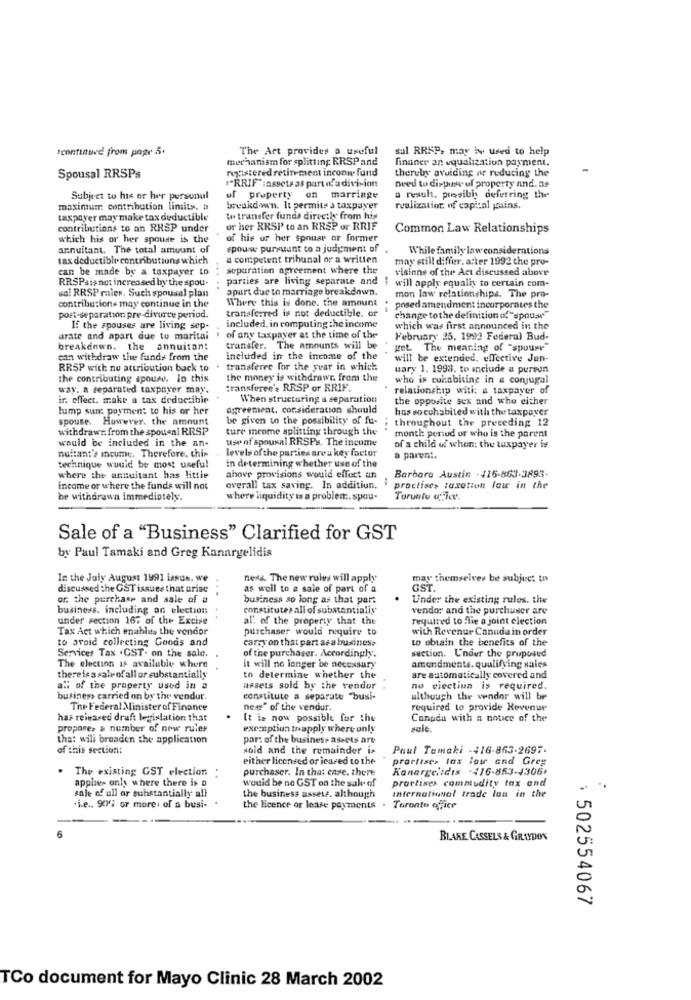
Icontinued from page 5.
The Art provides a useful
sal RRSP, may be used to help
mechanism for splitting RRSP and
finaner an equalization payment.
registered retirement inconw fund
thereby avoiding ar reducing the
Spousal RRSPs
"RRIF":assetsas part ofadivision
need to dispute of property and. as
Subject to his or her pursunul
of property on marringe
a result, presilha deferring the
maximum: contribution limits. a
breakdown. It permits a taxpayer
realization of capital gains.
taxpayer may make tax deductible
we transfer funds directly from his
contributions to an RRSP under
or her RRSP to an RRSP or RRIF
Common Law Relationships
which his or her spouse is the
of his or her spouse or former
annuitant. The total amount of
epouse pursuant to a judgment of
While family law considerations
tax deductible contributions which
a competent tribunal or a written
may still differ. after 1992 the pro-
can be made by a taxpayer to
separation agreement where the
visions of the Act discussed above
RR.SPsis not increased bythe spou-
sai RRSP males. Such spousal plan
parties are living separate and i will apply equally to certain com-
spurt due to marriage breakdown.
Where this is done. the amount
mon law relationships. The pro-
contributions may continue in the
transferred is not deductible. or
posed amendment incorporates the
port-separation pre-divorce period.
change tothe definition of"spoua"
If the spouses are living sep-
included, in computing the income
which was first announced in the
urate and apart due to maritai
of any taxpayer at the time of the
February 25. 1992 Federal Bud-
breakdown. the annuitan:
transfer. The amounts will be
get. The meaning of "spoure"
can withdraw the funds from the
included in the income of the
will be extended, effective Jen-
RRSP wich nu attribution back to . transferee for the year in which
uary 1. 1993. to include a pureun
the contributing spouse. lo this
the money is withdrawr. from the
who is cuenbiting in & conjugal
way. a separated taxpayer may.
transferee's RRSP or RRIF.
* relationship with: a taxpayer of
ir. effect. make a tax deductible
When structuring a separation
the opposite sex and who either
lump sunt payment to his or her
agreement. consideration should
hus so cohabited with the taxpayer
spouse. However, the amount
be given to the possibility of fu-
: throughout the preceding 12
withdrawn from the spousal RRSP
ture income splitting through the
would be included in the an-
use of spousal RRSPs. The income
month period or who is the parent
nultan:'s incume. Therefore. chis
levels of the parties areu key factor
of a child of when: the taxpayer is
a parent.
technique would be most useful
in determining whether use of the
where the annuitant has little
above provisions would effort un
Barbare Austin - 416-863-3893-
income or where the funds will not
overall tax saving. In addition.
i practise, taxation law in the
be withdrawn immediately.
where liquidity is a problem.spou.
Toronto q-Tec.
Sale of a "Business" Clarified for GST
by Paul Tamaki and Greg Kanaryelidis
In the July August 1991 lands. we
ness. The new rules will apply
may themselves be subject to
discussed the GST issues that arise
..
as well to a sale of part of a
GST.
or the purchase and sale of a
business so long as that part
Under the existing rules. the
business. including an election .
constitutes all of substantialis
vendor and the purchuser are
under section 167 of the Excise
all of the property that the
required to lie a joint election
Tax Act which enables the vendor
purchaser would require to
with Revenur Canudain order
to avoid collecting Goods and
carry on that part asa business
to obtain the benefits of the
of the purchaser. Accordingly.
section. L'nder the proposed
Services Tax . CST- on the sale. .
The election Is available where
it will no longer be necessary
amendments. qualifying sales
there is a salr of all or substantially
to determine whether the
are automatically covered and
a" of the property used in a
assets sold by the vendor
no viectiun is required.
business carried on by the vendor.
constitute a separate "busi-
although the vendor will be
The Federal Minister of Finance
new" of the vendur.
required to provide Revenue
has reinared draft legislation that
It is now possible for the
Canada with a notice of the
propores a number of new rules
exemption toapply where only
sale.
tha: will broaden the application
part of the business assets are
of this section:
sold and the remainder is
Paul Temaki -416-863-2697.
either licensed or icared to the
practise> tax low and Greg
. The existing GST election :
purchaser. In that case. there
Kanergelidis -416-853-1306,
applies only where there is o
would be no GST on the sale of
practises commodity tax and
International trade lan in the
sale of all or substantially all
the business asset. although
.i.e ., 90; or more. of a busi-
the Heence or lease payments . Toronto office
BLAKE CASSELS & GRAYDON
: 502554067
TCo document for Mayo Clinic 28 March 2002